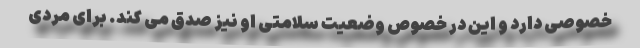
خصوصی دارد و این در خصوص وضعیت سلامتی او نیز صدق می کند. برای مردی